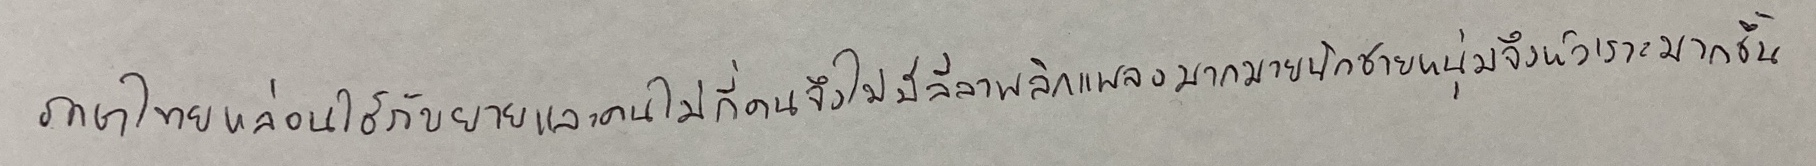
ภาษาไทยหล่อนใช้กับยายและคนไม่กี่คนจึงไม่มีลีลาพลิกแพลงมากมายนักชายหนุ่มจึงหัวเราะมากขึ้น